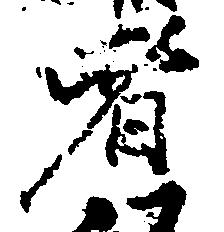
者